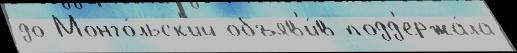
до Монго́льск'ий объяв'и́в подд'ержа́ла